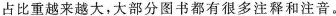
占比重越来越大，大部分图书都有很多注释和注音。